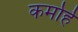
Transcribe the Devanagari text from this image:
कर्मार्ह